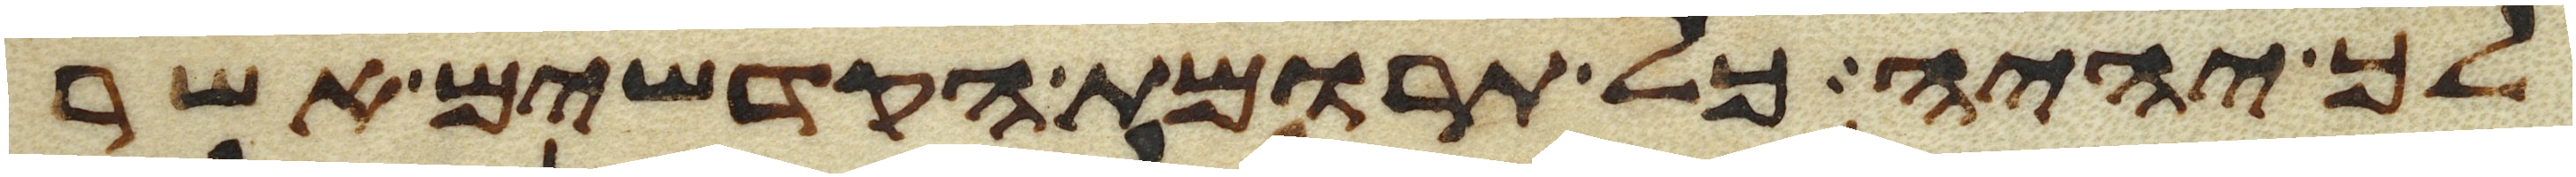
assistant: לך יהיה כל תרומת הקדשים אשר